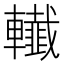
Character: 𨏓